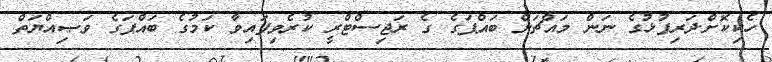
ހެކިކޮށް.ދަރިފުޅުގެ ނަން މައްޗަށް ބައްޕަގެ ގެ ރަޖިސްޓްރީ ކުރެވިފައިވާ ކަމުގެ ބައްޕަގެ ވަޞިއްޔަތް